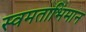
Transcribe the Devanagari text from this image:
स्वमताभिमान